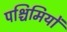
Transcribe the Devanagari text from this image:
पश्चिमियों